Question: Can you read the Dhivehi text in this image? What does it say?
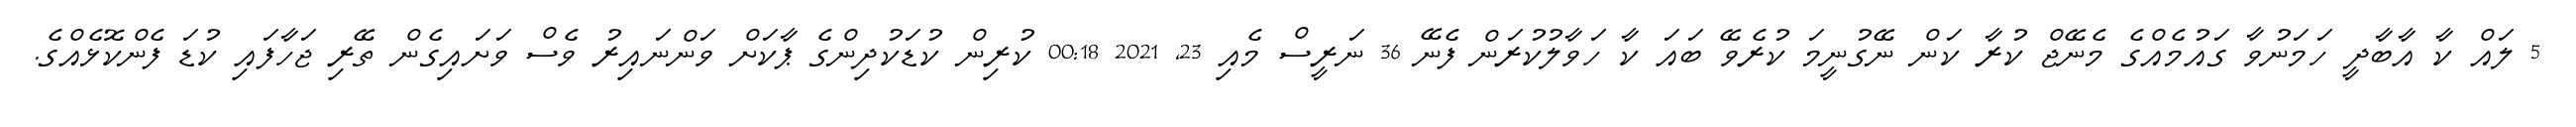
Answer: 5 ލައް ކާ އާބާދީ ހަމަނުވާ ގައުމެއްގެ މެނޭޖް ކުރާ ކަން ނޭގުނީމަ ކުރެވޭ ބައަ ކާ ހަވާލުކުރަން ފެނޭ 36 ނަރީސް މެއި 23, 2021 00:18 ކުރިން ކުޑަކުދިންގެ ޕާކަށް ވަންނައިރު ވެސް ވަށައިގެން ތޭރި ޖަހާފައި ކުޑަ ފެންކޮޅެއްގެ.